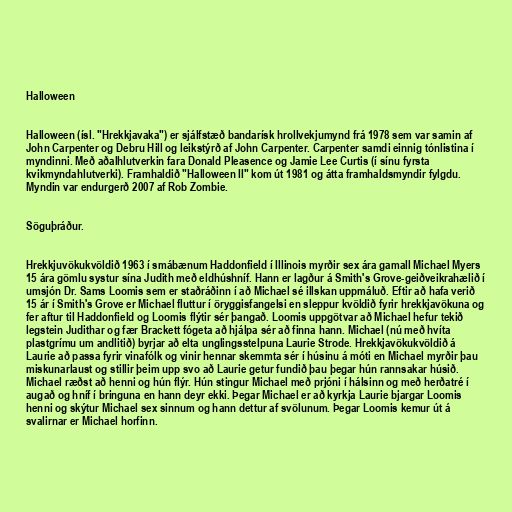
Halloween

Halloween (ísl. "Hrekkjavaka") er sjálfstæð bandarísk hrollvekjumynd frá 1978 sem var samin af
John Carpenter og Debru Hill og leikstýrð af John Carpenter. Carpenter samdi einnig tónlistina í
myndinni. Með aðalhlutverkin fara Donald Pleasence og Jamie Lee Curtis (í sínu fyrsta
kvikmyndahlutverki). Framhaldið "Halloween II" kom út 1981 og átta framhaldsmyndir fylgdu.
Myndin var endurgerð 2007 af Rob Zombie.

Söguþráður.

Hrekkjuvökukvöldið 1963 í smábænum Haddonfield í Illinois myrðir sex ára gamall Michael Myers
15 ára gömlu systur sína Judith með eldhúshníf. Hann er lagður á Smith's Grove-geiðveikrahælið í
umsjón Dr. Sams Loomis sem er staðráðinn í að Michael sé illskan uppmáluð. Eftir að hafa verið
15 ár í Smith's Grove er Michael fluttur í öryggisfangelsi en sleppur kvöldið fyrir hrekkjavökuna og
fer aftur til Haddonfield og Loomis flýtir sér þangað. Loomis uppgötvar að Michael hefur tekið
legstein Judithar og fær Brackett fógeta að hjálpa sér að finna hann. Michael (nú með hvíta
plastgrímu um andlitið) byrjar að elta unglingsstelpuna Laurie Strode. Hrekkjavökukvöldið á
Laurie að passa fyrir vinafólk og vinir hennar skemmta sér í húsinu á móti en Michael myrðir þau
miskunarlaust og stillir þeim upp svo að Laurie getur fundið þau þegar hún rannsakar húsið.
Michael ræðst að henni og hún flýr. Hún stingur Michael með prjóni í hálsinn og með herðatré í
augað og hníf í bringuna en hann deyr ekki. Þegar Michael er að kyrkja Laurie bjargar Loomis
henni og skýtur Michael sex sinnum og hann dettur af svölunum. Þegar Loomis kemur út á
svalirnar er Michael horfinn.